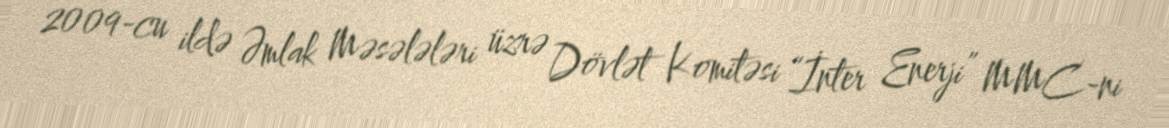
2009-cu ildə Əmlak Məsələləri üzrə Dövlət Komitəsi “İnter Enerji” MMC-ni